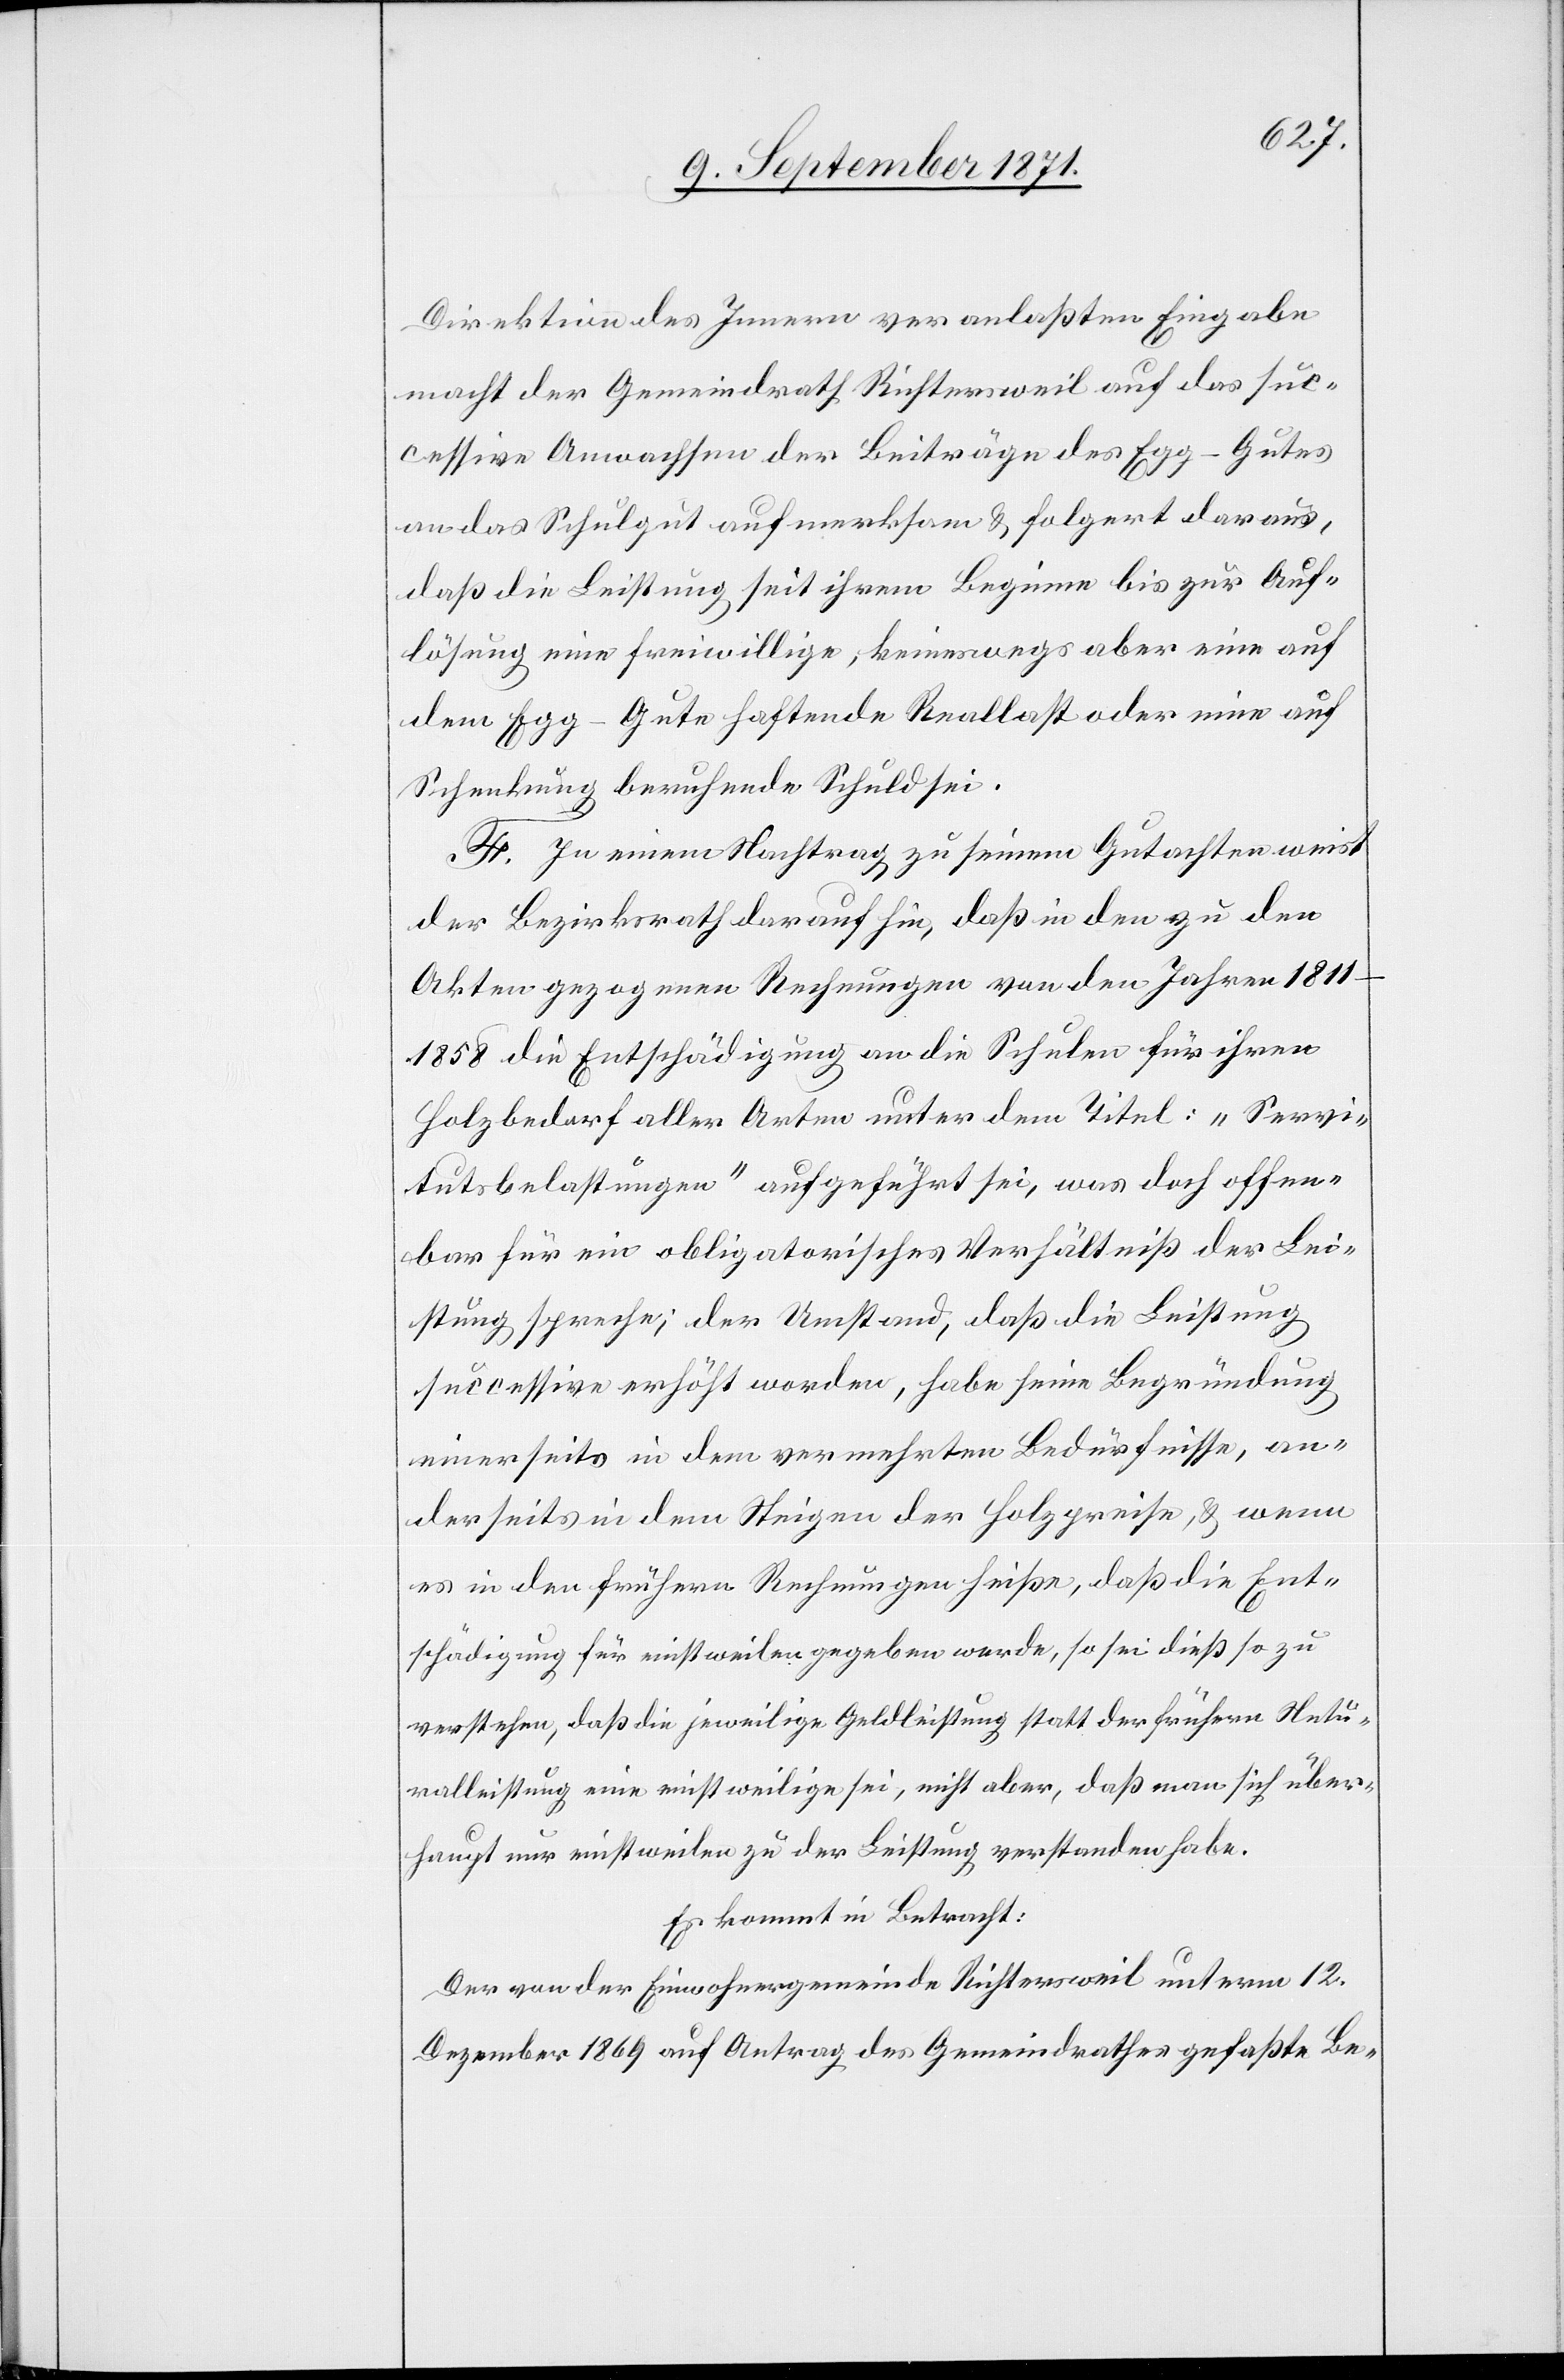
Direktion des Innern veranlassten Eingabe
macht der Gemeindrath Richtersweil auf das suc¬
cessive Anwachsen der Beiträge des Egg-Gutes
an das Schulgut aufmerksam & folgert daraus,
daß die Leistung seit ihrem Beginn bis zur Auf¬
lösung eine freiwillige, keineswegs aber eine auf
dem Egg-Gute haftende Reallast oder eine auf
Schenkung beruhende Schuld sei.
F. In einem Nachtrag zu seinem Gutachten weist
der Bezirksrath darauf hin, daß in den zu den
Akten gezogenen Rechnungen von den Jahren
1811–1858 die Entschädigung an die Schulen für ihren
Holzbedarf aller Arten unter dem Titel: „Servi¬
tutsbelastungen“ aufgeführt sei, was doch offen¬
bar für ein obligatorisches Verhälntniß der Lei¬
stung spreche; der Umstand, daß die Leistung
successive erfüllt worden, habe seine Begründung
einerseits in dem vermehrten Bedürfnisse, an¬
dererseits in dem Steigen der Holzpreise, & wenn
es in den frühern Rechnungen heiße, daß die Ent¬
schädigung für einstweilen gegeben werde, so sei dieß so zu
verstehen, daß die jeweilige Geldleistung statt der frühern Natu¬
ralleistung eine einstweilige sei, nicht aber, daß man sich über¬
haupt nur einstweilen zu der Leistung verstanden habe.
Es kommt in Betracht:
Der von der Einwohnergemeinde Richtersweil unterm 12.
Dezember 1869 auf Antrag des Gemeindrathes gefaßte Be-